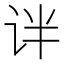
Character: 𫟟